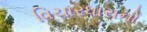
વિચારધારાનો